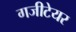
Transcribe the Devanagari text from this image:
गजीटेयर